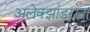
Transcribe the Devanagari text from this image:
अलेक्झांडरांना